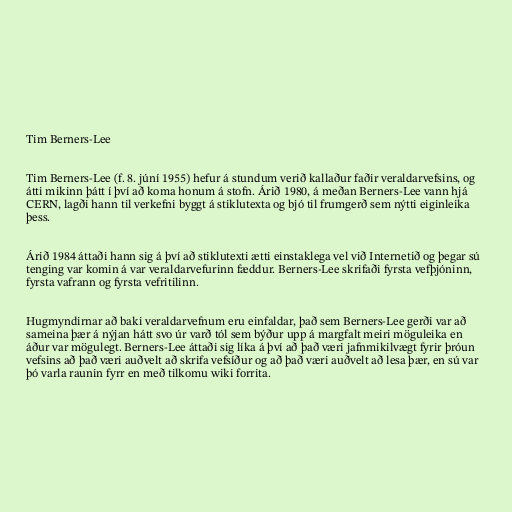
Tim Berners-Lee

Tim Berners-Lee (f. 8. júní 1955) hefur á stundum verið kallaður faðir veraldarvefsins, og
átti mikinn þátt í því að koma honum á stofn. Árið 1980, á meðan Berners-Lee vann hjá
CERN, lagði hann til verkefni byggt á stiklutexta og bjó til frumgerð sem nýtti eiginleika
þess.

Árið 1984 áttaði hann sig á því að stiklutexti ætti einstaklega vel við Internetið og þegar sú
tenging var komin á var veraldarvefurinn fæddur. Berners-Lee skrifaði fyrsta vefþjóninn,
fyrsta vafrann og fyrsta vefritilinn.

Hugmyndirnar að baki veraldarvefnum eru einfaldar, það sem Berners-Lee gerði var að
sameina þær á nýjan hátt svo úr varð tól sem býður upp á margfalt meiri möguleika en
áður var mögulegt. Berners-Lee áttaði sig líka á því að það væri jafnmikilvægt fyrir þróun
vefsins að það væri auðvelt að skrifa vefsíður og að það væri auðvelt að lesa þær, en sú var
þó varla raunin fyrr en með tilkomu wiki forrita.